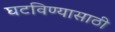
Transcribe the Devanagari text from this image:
घटविण्यासाठी